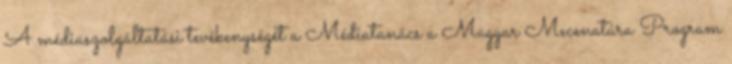
A médiaszolgáltatási tevékenységét a Médiatanács a Magyar Mecenatúra Program